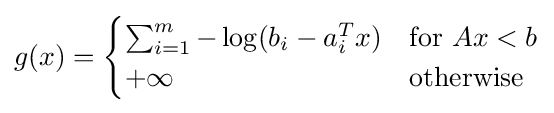
g(x)={\begin{cases}\sum _{i=1}^{m}-\log(b_{i}-a_{i}^{T}x)&{\text{for }}Ax<b\\+\infty &{\text{otherwise}}\end{cases}}